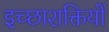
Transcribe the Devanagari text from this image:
इच्छाशक्तियों